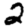
Digit: 2